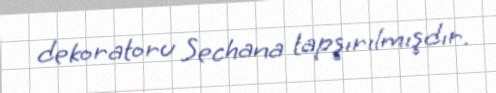
dekoratoru Sechana tapşırılmışdır.